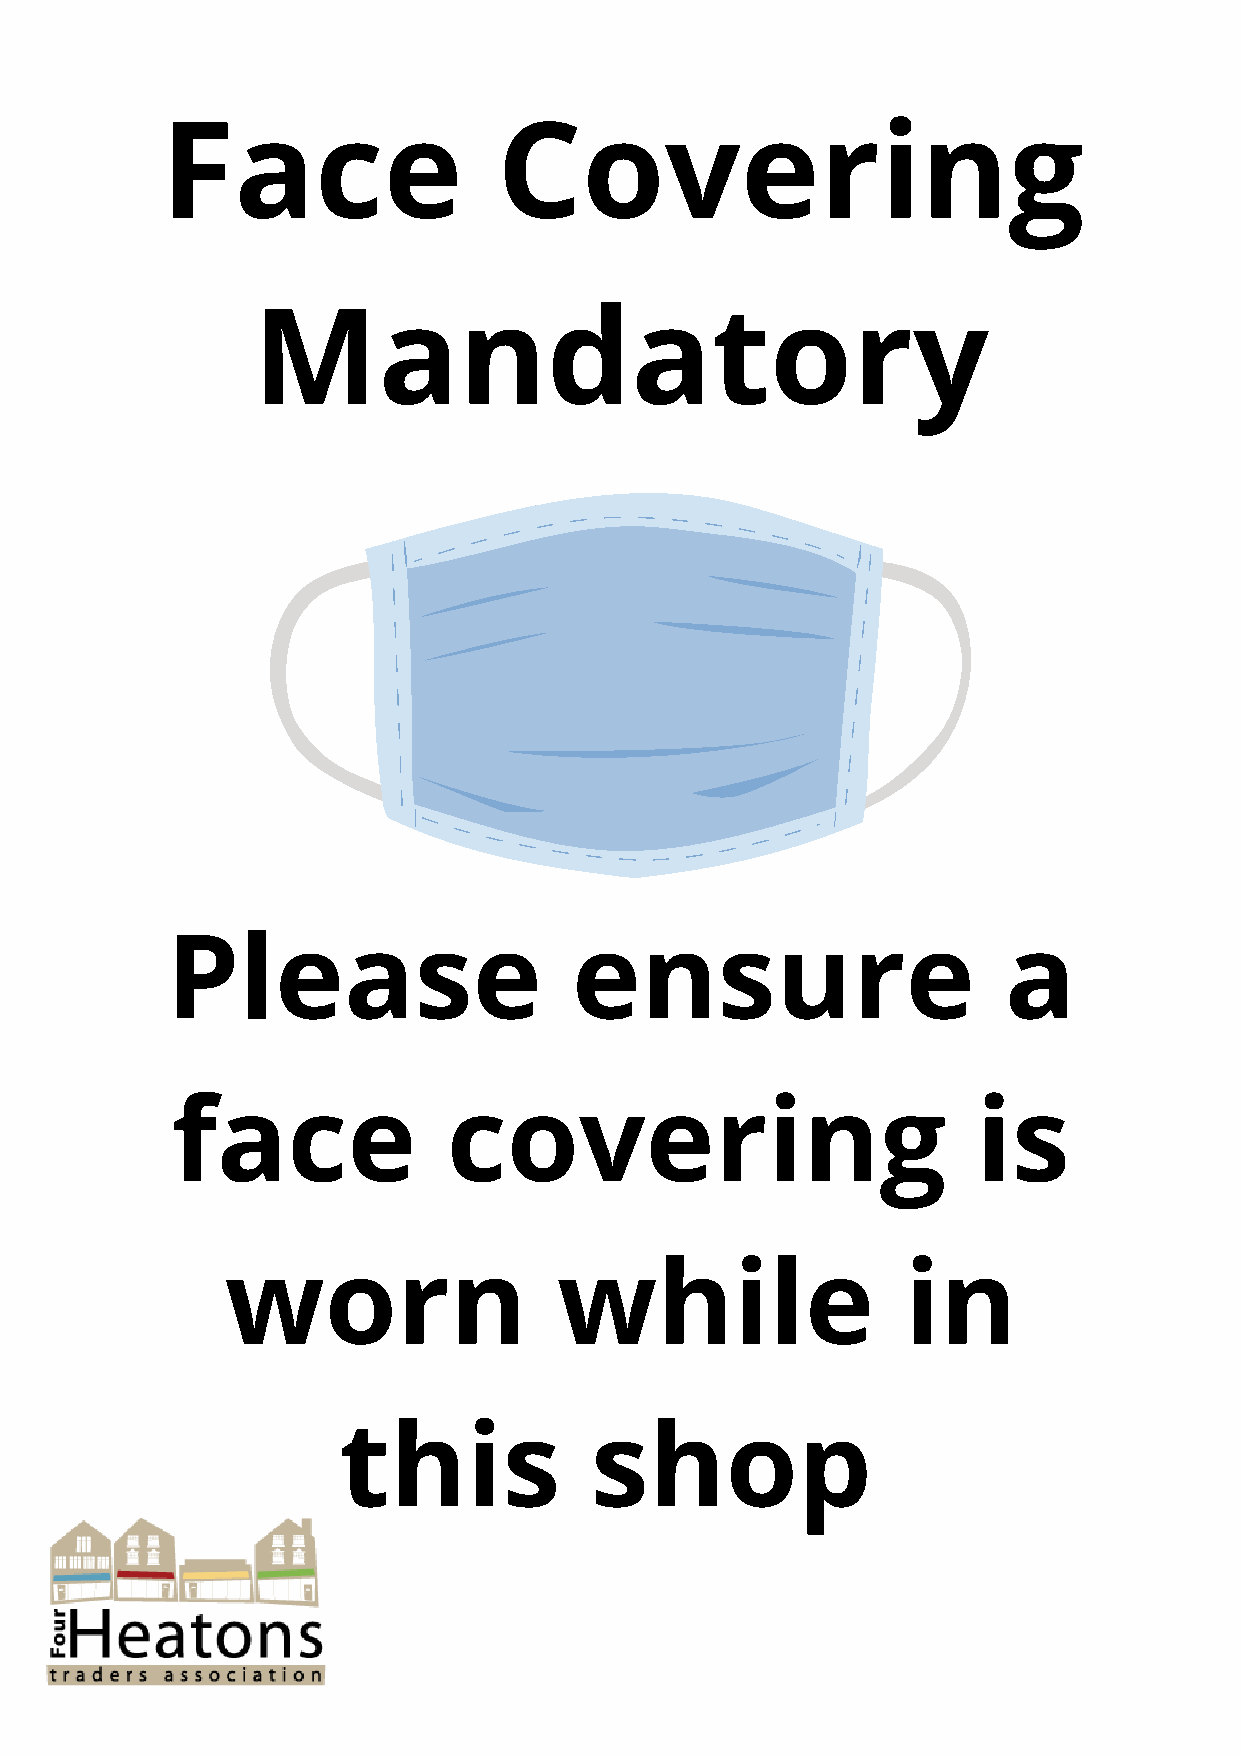
Face                  Covering
 Mandatory
 Please                     ensure                       a
 face               covering                           is
 worn                  while                  in
 this             shop